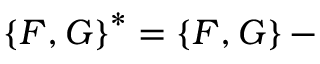
\left\{ { \cal F } , { \cal G } \right\} ^ { * } = \left\{ { \cal F } , { \cal G } \right\} -